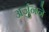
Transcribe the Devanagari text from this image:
अर्जुनने